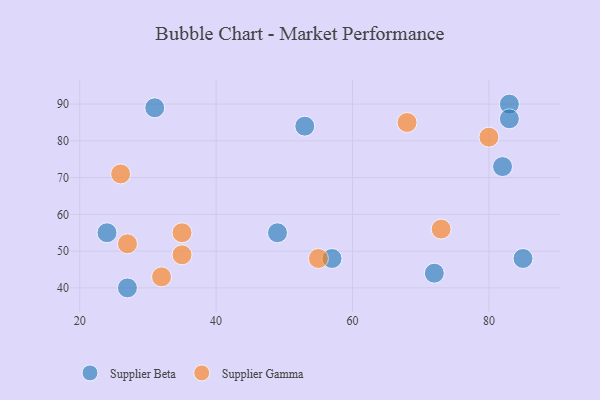
{"axis": {"x": "GDP", "y": "Life Expectancy"}, "legend": ["Supplier Beta", "Supplier Gamma"], "data": [{"x": "24", "y": 55, "type": "Supplier Beta"}, {"x": "57", "y": 48, "type": "Supplier Beta"}, {"x": "85", "y": 48, "type": "Supplier Beta"}, {"x": "27", "y": 40, "type": "Supplier Beta"}, {"x": "83", "y": 90, "type": "Supplier Beta"}, {"x": "82", "y": 73, "type": "Supplier Beta"}, {"x": "83", "y": 86, "type": "Supplier Beta"}, {"x": "49", "y": 55, "type": "Supplier Beta"}, {"x": "53", "y": 84, "type": "Supplier Beta"}, {"x": "72", "y": 44, "type": "Supplier Beta"}, {"x": "31", "y": 89, "type": "Supplier Beta"}, {"x": "68", "y": 85, "type": "Supplier Gamma"}, {"x": "73", "y": 56, "type": "Supplier Gamma"}, {"x": "32", "y": 43, "type": "Supplier Gamma"}, {"x": "35", "y": 55, "type": "Supplier Gamma"}, {"x": "35", "y": 49, "type": "Supplier Gamma"}, {"x": "26", "y": 71, "type": "Supplier Gamma"}, {"x": "80", "y": 81, "type": "Supplier Gamma"}, {"x": "27", "y": 52, "type": "Supplier Gamma"}, {"x": "55", "y": 48, "type": "Supplier Gamma"}]}